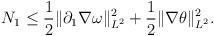
LaTeX: \begin{align*}N_1\leq\frac12\|\partial_1\nabla\omega\|_{L^2}^2+\frac12\|\nabla\theta\|_{L^2}^2.\end{align*}